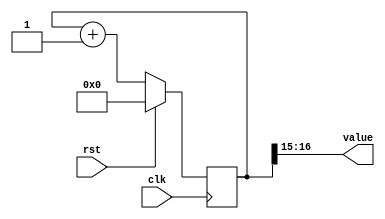
/*
   This file was generated automatically by Alchitry Labs version 1.2.1.
   Do not edit this file directly. Instead edit the original Lucid source.
   This is a temporary file and any changes made to it will be destroyed.
*/

/*
   Parameters:
     SIZE = 2
     DIV = 15
     TOP = 0
     UP = 1
*/
module counter_3 (
    input clk,
    input rst,
    output reg [1:0] value
  );
  
  localparam SIZE = 2'h2;
  localparam DIV = 4'hf;
  localparam TOP = 1'h0;
  localparam UP = 1'h1;
  
  
  reg [16:0] M_ctr_d, M_ctr_q = 1'h0;
  
  localparam MAX_VALUE = 16'h7fff;
  
  always @* begin
    M_ctr_d = M_ctr_q;
    
    value = M_ctr_q[15+1-:2];
    if (1'h1) begin
      M_ctr_d = M_ctr_q + 1'h1;
      if (1'h0 && M_ctr_q == 16'h7fff) begin
        M_ctr_d = 1'h0;
      end
    end else begin
      M_ctr_d = M_ctr_q - 1'h1;
      if (1'h0 && M_ctr_q == 1'h0) begin
        M_ctr_d = 16'h7fff;
      end
    end
  end
  
  always @(posedge clk) begin
    if (rst == 1'b1) begin
      M_ctr_q <= 1'h0;
    end else begin
      M_ctr_q <= M_ctr_d;
    end
  end
  
endmodule